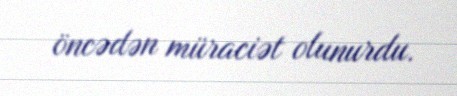
öncədən müraciət olunurdu.